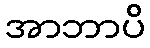
အာဘာပိ